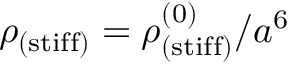
\rho _ { \mathrm { ( s t i f f ) } } = \rho _ { \mathrm { ( s t i f f ) } } ^ { ( 0 ) } / a ^ { 6 }